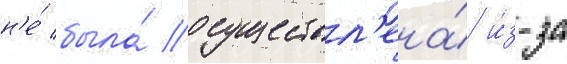
н'е́ была́ осуществл'ена́ и́з-за